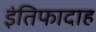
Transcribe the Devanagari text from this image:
इंतिफादाह